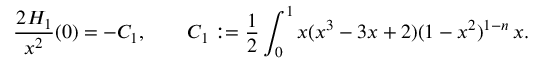
\frac { \d ^ { 2 } H _ { 1 } } { \d x ^ { 2 } } ( 0 ) = - C _ { 1 } , \qquad C _ { 1 } : = \frac 1 2 \int _ { 0 } ^ { 1 } x ( x ^ { 3 } - 3 x + 2 ) ( 1 - x ^ { 2 } ) ^ { 1 - n } \, \d x .